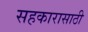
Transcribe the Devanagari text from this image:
सहकारासाठी